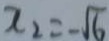
x _ { 2 } = - \sqrt { 6 }